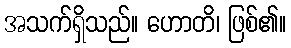
အသက်ရှိသည်။ ဟောတိ၊ ဖြစ်၏။